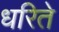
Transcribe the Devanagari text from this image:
धरिते